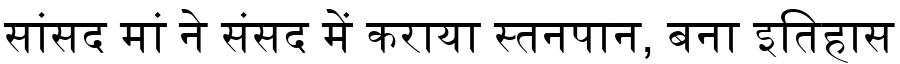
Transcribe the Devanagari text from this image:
सांसद मां ने संसद में कराया स्तनपान, बना इतिहास